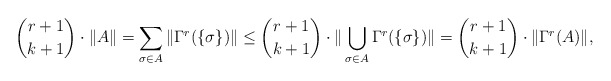
\begin{align*}{r+1 \choose k+1} \cdot \|A\| = \sum_{\sigma \in A} \|\Gamma^r(\{\sigma\})\| \leq {r+1 \choose k+1} \cdot \|\bigcup_{\sigma \in A }\Gamma^r(\{\sigma\})\| = {r+1 \choose k+1} \cdot \|\Gamma^r(A)\|,\end{align*}